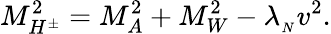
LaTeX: M_{H^{\pm}}^{2}=M_{A}^{2}+M_{W}^{2}-\lambda_{_N}v^{2}.